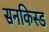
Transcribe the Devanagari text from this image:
सनकिस्ड